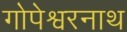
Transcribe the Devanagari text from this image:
गोपेश्वरनाथ